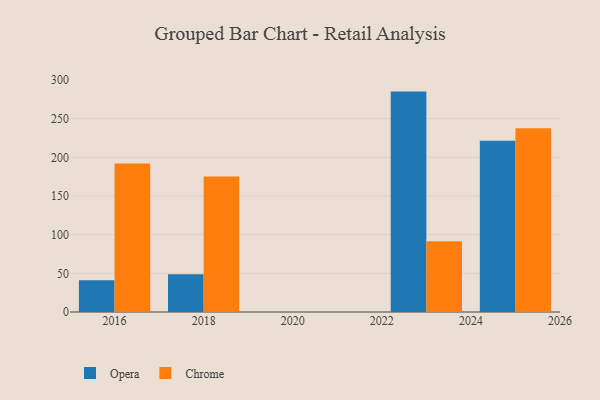
{"axis": {"x": "Year", "y": "Website Visitors"}, "legend": ["Chrome", "Opera"], "data": [{"x": "2025", "y": 221.4, "type": "Opera"}, {"x": "2025", "y": 237.6, "type": "Chrome"}, {"x": "2016", "y": 41.1, "type": "Opera"}, {"x": "2016", "y": 192.0, "type": "Chrome"}, {"x": "2023", "y": 285.0, "type": "Opera"}, {"x": "2023", "y": 91.6, "type": "Chrome"}, {"x": "2018", "y": 48.8, "type": "Opera"}, {"x": "2018", "y": 175.2, "type": "Chrome"}]}